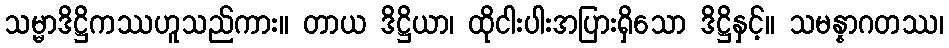
သမ္မာဒိဋ္ဌိကဿဟူသည်ကား။ တာယ ဒိဋ္ဌိယာ၊ ထိုငါးပါးအပြားရှိသော ဒိဋ္ဌိနှင့်။ သမန္နာဂတဿ၊